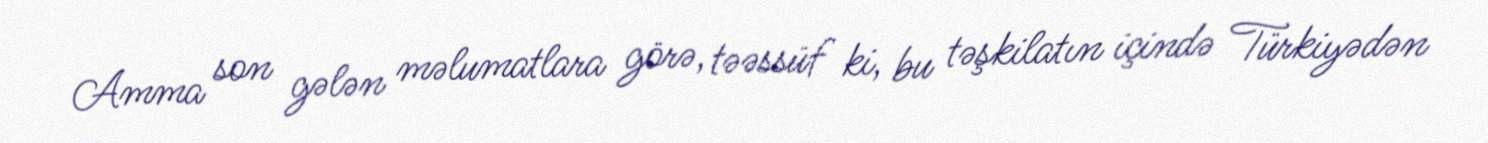
Amma son gələn məlumatlara görə, təəssüf ki, bu təşkilatın içində Türkiyədən